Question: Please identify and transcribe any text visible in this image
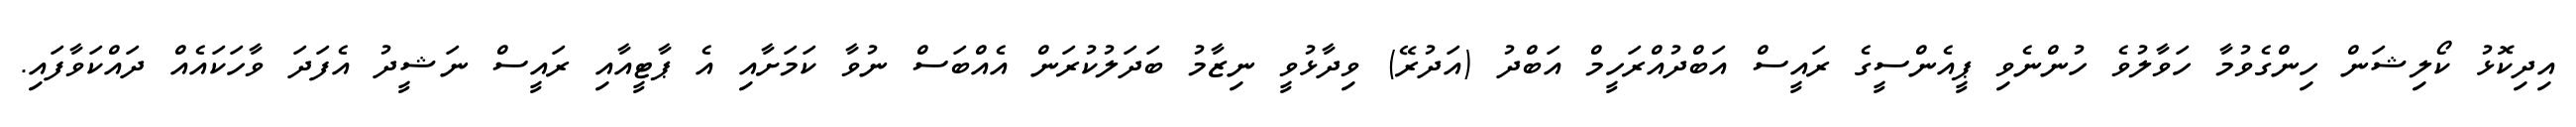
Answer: އިދިކޮޅު ކޯލިޝަން ހިންގެވުމާ ހަވާލުވެ ހުންނެވި ޕީއެންސީގެ ރައީސް އަބްދުއްރަހީމް އަބްދު (އަދުރޭ) ވިދާޅުވީ ނިޒާމު ބަދަލުކުރަން އެއްބަސް ނުވާ ކަމަށާއި އެ ޕާޓީއާއި ރައީސް ނަޝީދު އެފަދަ ވާހަކައެއް ދައްކަވާފައި.